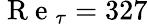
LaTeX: \mathrm{~R~e~}_{\tau}=327